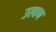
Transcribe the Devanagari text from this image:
उल्वण